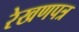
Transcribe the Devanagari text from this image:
रेखणपत्र